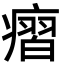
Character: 㿇